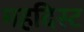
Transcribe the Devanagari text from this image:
महदिस्ट